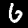
Digit: 6